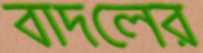
বাদলের